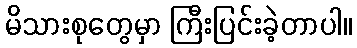
မိသားစုတွေမှာ ကြီးပြင်းခဲ့တာပါ။